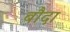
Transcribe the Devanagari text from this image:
बौदा